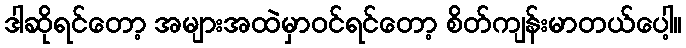
ဒါဆိုရင်တော့ အများအထဲမှာဝင်ရင်တော့ စိတ်ကျန်းမာတယ်ပေါ့။